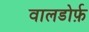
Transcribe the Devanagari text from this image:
वालडोर्फ़